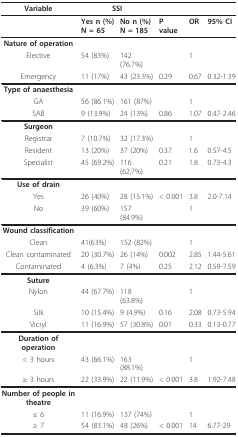
<table><thead><tr><td><b>Variable</b></td><td colspan="2"><b>SSI</b></td><td></td><td></td><td></td></tr></thead><tbody><tr><td></td><td><b>Yes n (%)</b><b>N = 65</b></td><td><b>No n (%)</b><b>N = 185</b></td><td><b>P value</b></td><td><b>OR</b></td><td><b>95% CI</b></td></tr><tr><td><b>Nature of operation</b></td><td></td><td></td><td></td><td></td><td></td></tr><tr><td>Elective</td><td>54 (83%)</td><td>142 (76.7%)</td><td></td><td>1</td><td></td></tr><tr><td>Emergency</td><td>11 (17%)</td><td>43 (23.3%)</td><td>0.29</td><td>0.67</td><td>0.32-1.39</td></tr><tr><td><b>Type of anaesthesia</b></td><td></td><td></td><td></td><td></td><td></td></tr><tr><td>GA</td><td>56 (86.1%)</td><td>161 (87%)</td><td></td><td>1</td><td></td></tr><tr><td>SAB</td><td>9 (13.9%)</td><td>24 (13%)</td><td>0.86</td><td>1.07</td><td>0.47-2.46</td></tr><tr><td><b>Surgeon</b></td><td></td><td></td><td></td><td></td><td></td></tr><tr><td>Registrar</td><td>7 (10.7%)</td><td>32 (17.3%)</td><td></td><td>1</td><td></td></tr><tr><td>Resident</td><td>13 (20%)</td><td>37 (20%)</td><td>0.37</td><td>1.6</td><td>0.57-4.5</td></tr><tr><td>Specialist</td><td>45 (69.2%)</td><td>116 (62,7%)</td><td>0.21</td><td>1.8</td><td>0.73-4.3</td></tr><tr><td><b>Use of drain</b></td><td></td><td></td><td></td><td></td><td></td></tr><tr><td>Yes</td><td>26 (40%)</td><td>28 (15.1%)</td><td>&lt; 0.001</td><td>3.8</td><td>2.0-7.14</td></tr><tr><td>No</td><td>39 (60%)</td><td>157 (84.9%)</td><td></td><td>1</td><td></td></tr><tr><td><b>Wound classification</b></td><td></td><td></td><td></td><td></td><td></td></tr><tr><td>Clean</td><td>41(63%)</td><td>152 (82%)</td><td></td><td>1</td><td></td></tr><tr><td>Clean contaminated</td><td>20 (30.7%)</td><td>26 (14%)</td><td>0.002</td><td>2.85</td><td>1.44-5.61</td></tr><tr><td>Contaminated</td><td>4 (6.3%)</td><td>7 (4%)</td><td>0.25</td><td>2.12</td><td>0.59-7.59</td></tr><tr><td><b>Suture</b></td><td></td><td></td><td></td><td></td><td></td></tr><tr><td>Nylon</td><td>44 (67.7%)</td><td>118 (63.8%)</td><td></td><td>1</td><td></td></tr><tr><td>Silk</td><td>10 (15.4%)</td><td>9 (4.9%)</td><td>0.16</td><td>2.08</td><td>0.73-5.94</td></tr><tr><td>Vicryl</td><td>11 (16.9%)</td><td>57 (30.8%)</td><td>0.01</td><td>0.33</td><td>0.13-0.77</td></tr><tr><td><b>Duration of operation</b></td><td></td><td></td><td></td><td></td><td></td></tr><tr><td>&lt; 3 hours</td><td>43 (66.1%)</td><td>163 (88.1%)</td><td></td><td>1</td><td></td></tr><tr><td>≥ 3 hours</td><td>22 (33.9%)</td><td>22 (11.9%)</td><td>&lt; 0.001</td><td>3.8</td><td>1.92-7.48</td></tr><tr><td><b>Number of people in theatre</b></td><td></td><td></td><td></td><td></td><td></td></tr><tr><td>≤ 6</td><td>11 (16.9%)</td><td>137 (74%)</td><td></td><td>1</td><td></td></tr><tr><td>≥ 7</td><td>54 (83.1%)</td><td>48 (26%)</td><td>&lt; 0.001</td><td>14</td><td>6.77-29</td></tr></tbody></table>